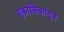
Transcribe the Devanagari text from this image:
एकांकिकांतून